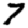
Digit: 7